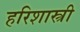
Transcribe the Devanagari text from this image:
हरिशास्त्री